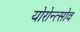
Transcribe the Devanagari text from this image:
योरोन्त्सोव